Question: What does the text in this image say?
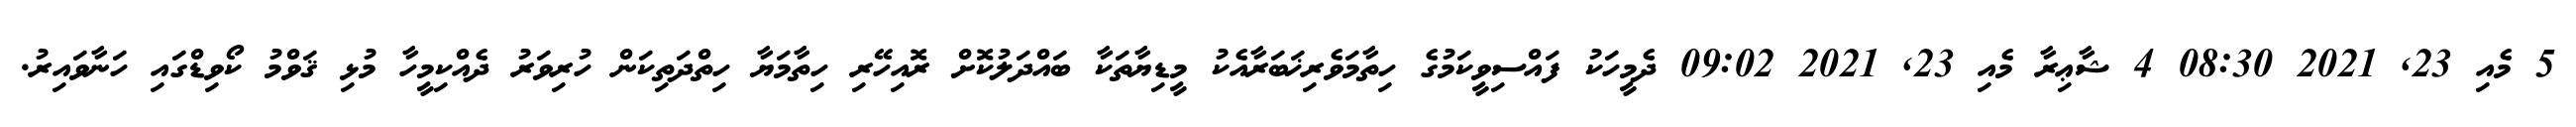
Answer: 5 މެއި 23, 2021 08:30 4 ޝާޢިރާ މެއި 23, 2021 09:02 ދެމީހަކު ފައްސިވީކަމުގެ ހިތާމަވެރިޚަބަރާއެކު މީޑިޔާތަކާ ބައްދަލުކޮށް ރޮއިހޭރި ހިތާމަޔާ ހިތްދަތިކަން ހުރިވަރު ދެއްކިމީހާ މުޅި ޤަވްމު ކޯވިޑްގައި ހަނާވައިރު.